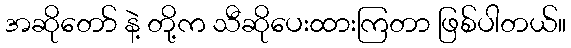
အဆိုတော် နဲ့ တို့က သီဆိုပေးထားကြတာ ဖြစ်ပါတယ်။